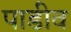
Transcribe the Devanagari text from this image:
पाडीव